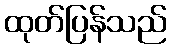
ထုတ်ပြန်သည်